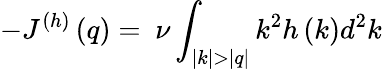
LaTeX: -J^{(h)}\left(q\right)=~\nu\int_{|k|>|q|}{k^{2}h\left(k\right)d^{2}k}